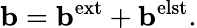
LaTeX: \mathbf b=\mathbf b^{\mathrm{ext}}+\mathbf b^{\mathrm{elst}}.